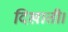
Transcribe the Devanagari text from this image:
दिखाती।